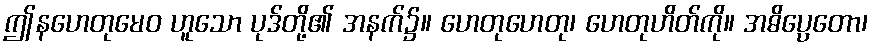
ဤနဟေတုမေဝ ဟူသော ပုဒ်တို့၏ အနက်၌။ ဟေတုဟေတု၊ ဟေတုဟိတ်ကို။ အဓိပ္ပေတော၊